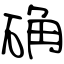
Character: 确